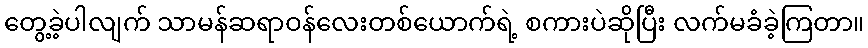
တွေ့ခဲ့ပါလျက် သာမန်ဆရာဝန်လေးတစ်ယောက်ရဲ့ စကားပဲဆိုပြီး လက်မခံခဲ့ကြတာ။